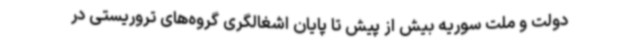
دولت و ملت سوریه بیش از پیش تا پایان اشغالگری گروه‌های تروریستی در